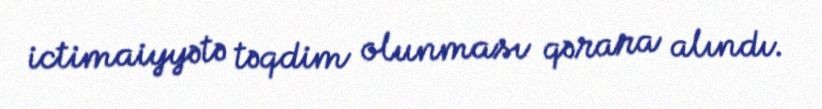
ictimaiyyətə təqdim olunması qərara alındı.